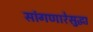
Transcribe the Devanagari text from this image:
सांगणारेसुद्धा